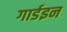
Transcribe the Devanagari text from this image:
गार्डइन